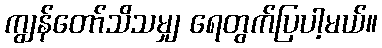
ကျွန်တော်သိသမျှ ရေတွက်ပြပါ့မယ်။